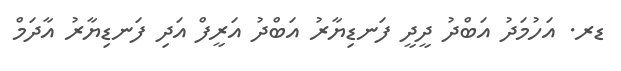
ޑރ. އަހުމަދު އަބްދު ދީދީ ފަނޑިޔާރު އަބްދު އަރީފް އަދި ފަނޑިޔާރު އާދަމް